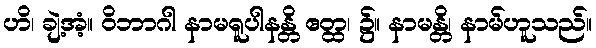
ဟိ၊ ချဲ့အံ့။ ဝိဘာဂါ နာမရူပါနန္တိ ဧတ္ထ၊ ၌။ နာမန္တိ၊ နာမ်ဟူသည်။